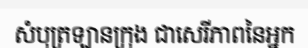
សំបុត្រឡានក្រុង ជាសេរីភាពនៃអ្នក